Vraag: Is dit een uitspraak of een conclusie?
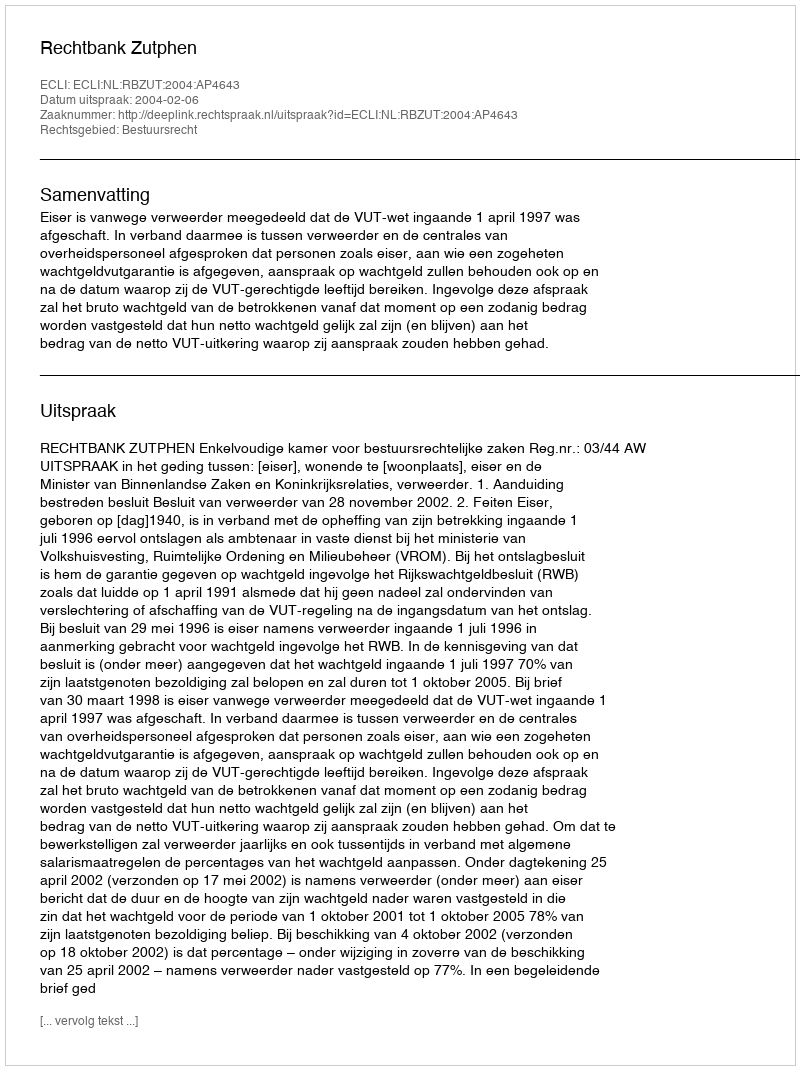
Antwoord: Uitspraak